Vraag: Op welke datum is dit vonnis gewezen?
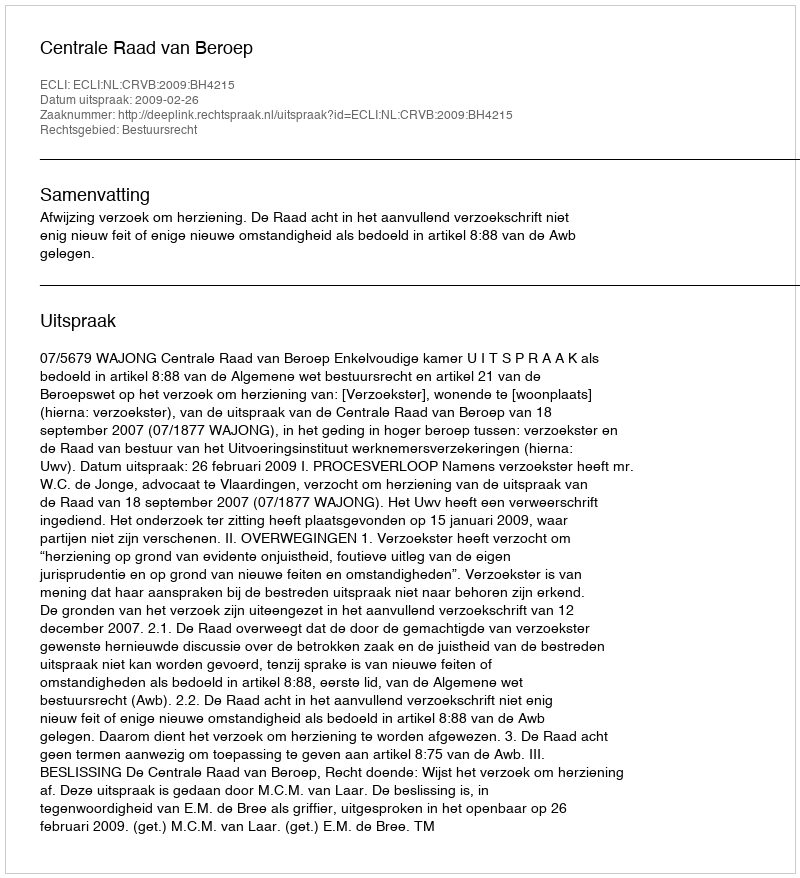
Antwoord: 2009-02-26